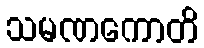
သမဏကောတိ